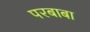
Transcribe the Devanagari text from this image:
परबाबा